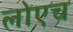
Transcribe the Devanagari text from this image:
लोएच